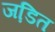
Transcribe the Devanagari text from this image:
जडि़त